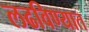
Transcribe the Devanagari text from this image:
लढविण्यात